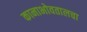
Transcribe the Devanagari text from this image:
कानाभोवतालचा